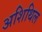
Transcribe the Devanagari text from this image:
अशिथिल